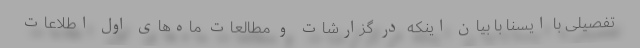
تفصیلی با ایسنا با بیان اینکه در گزارشات و مطالعات ماه‌های اول اطلاعات